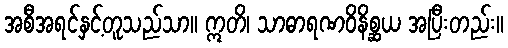
အစီအရင်နှင့်တူသည်သာ။ ဣတိ၊ သာဓာရဏဝိနိစ္ဆယ အပြီးတည်း။